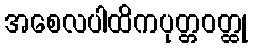
အစေလပါထိကပုတ္တဝတ္ထု